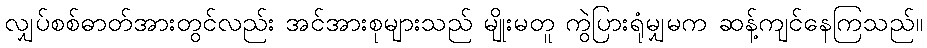
လျှပ်စစ်ဓာတ်အားတွင်လည်း အင်အားစုများသည် မျိုးမတူ ကွဲပြားရုံမျှမက ဆန့်ကျင်နေကြသည်။